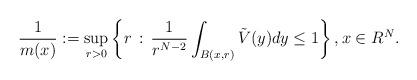
LaTeX: \begin{align*}\frac{1}{m(x)}:=\sup_{r>0}\left\{r\,:\,\frac{1}{r^{N-2}} \int_{B(x,r)}\tilde V(y)dy\leq 1 \right\},x\in R^N.\end{align*}